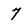
Character: 7